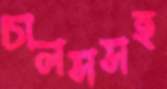
চালসসহ